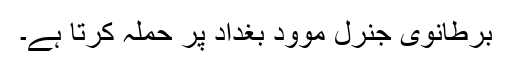
برطانوی جنرل موود بغداد پر حملہ کرتا ہے۔